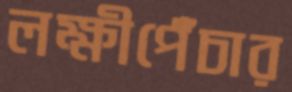
লক্ষীপেঁচার